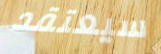
سيعتقد